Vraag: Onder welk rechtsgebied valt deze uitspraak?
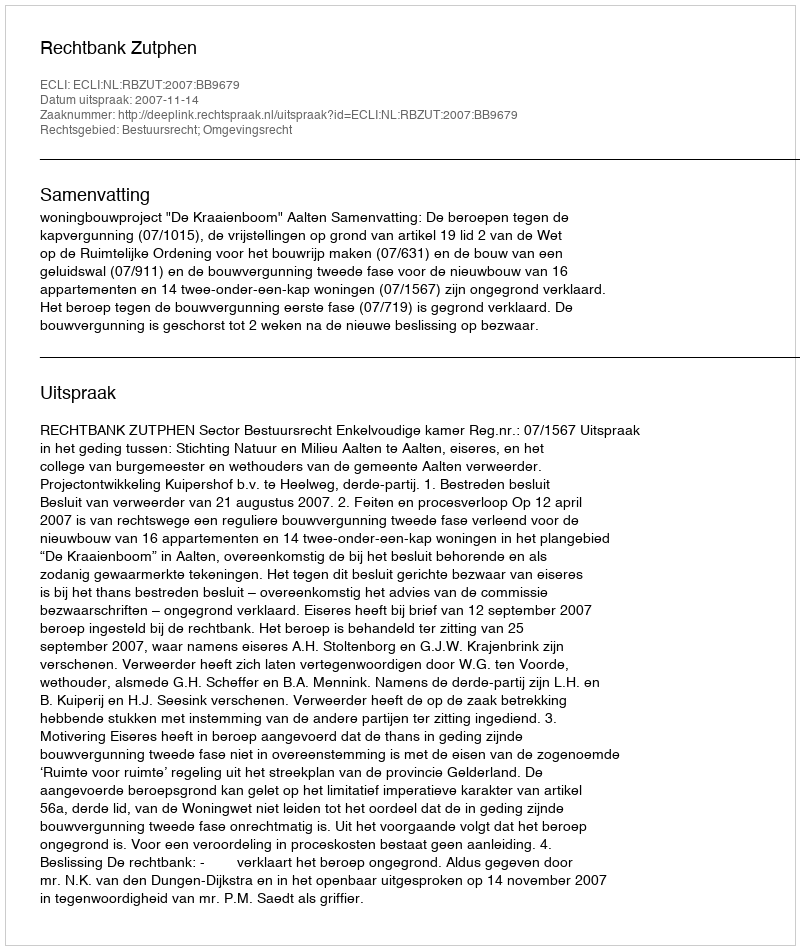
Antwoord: Bestuursrecht; Omgevingsrecht